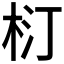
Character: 𣐘